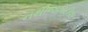
નથીજગદીશ